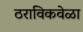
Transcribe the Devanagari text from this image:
ठराविकवेळा